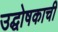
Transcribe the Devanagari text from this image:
उद्घोषकाची